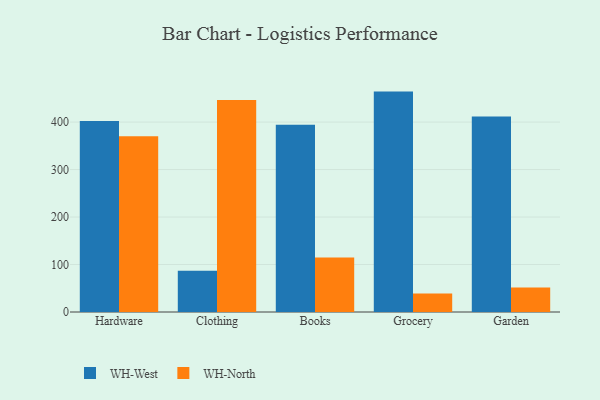
{"axis": {"x": "Category", "y": "Temperature (°C)"}, "legend": ["WH-North", "WH-West"], "data": [{"x": "Hardware", "y": 402.4, "type": "WH-West"}, {"x": "Hardware", "y": 370.3, "type": "WH-North"}, {"x": "Clothing", "y": 86.7, "type": "WH-West"}, {"x": "Clothing", "y": 446.3, "type": "WH-North"}, {"x": "Books", "y": 394.6, "type": "WH-West"}, {"x": "Books", "y": 115.0, "type": "WH-North"}, {"x": "Grocery", "y": 464.2, "type": "WH-West"}, {"x": "Grocery", "y": 39.2, "type": "WH-North"}, {"x": "Garden", "y": 412.0, "type": "WH-West"}, {"x": "Garden", "y": 51.4, "type": "WH-North"}]}